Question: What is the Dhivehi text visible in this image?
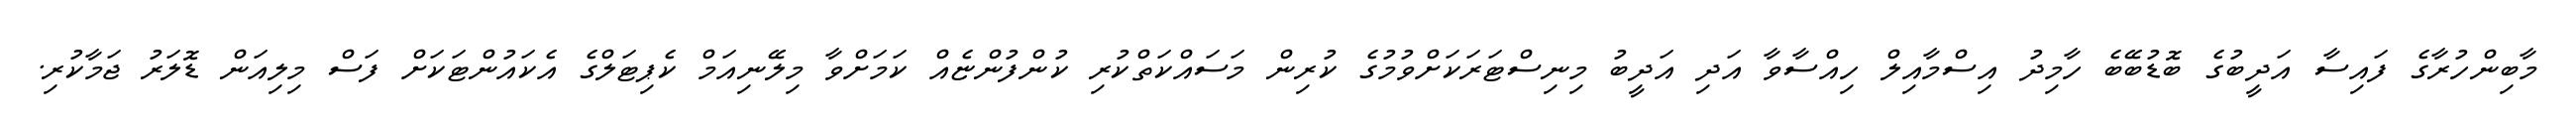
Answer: މާބިންހުރާގެ ފައިސާ އަދީބުގެ ބޮޑުބޭބެ ހާމިދު އިސްމާއިލް ހިއްސާވާ އަދި އަދީބު މިނިސްޓަރަކަށްވުމުގެ ކުރިން މަސައްކަތްކުރި ކުންފުންޏެއް ކަމަށްވާ މިލޭނިއަމް ކެޕިޓަލްގެ އެކައުންޓަކަށް ފަސް މިލިއަން ޑޮލަރު ޖަމާކުރި.